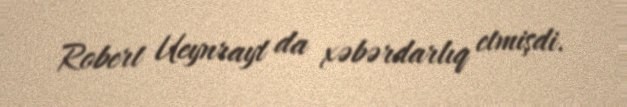
Robert Ueynrayt da xəbərdarlıq etmişdi.